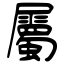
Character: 屬